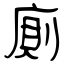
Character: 廁